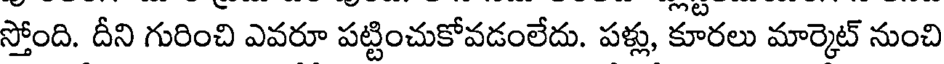
స్తోంది. దీని గురించి ఎవరూ పట్టించుకోవడంలేదు. పళ్లు, కూరలు మార్కెట్ నుంచి